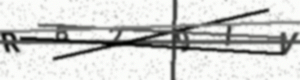
Text: RB29IV